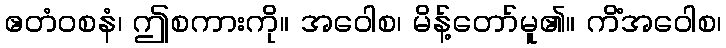
ဧတံဝစနံ၊ ဤစကားကို။ အဝေါစ၊ မိန့်တော်မူ၏။ ကိံအဝေါစ၊